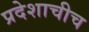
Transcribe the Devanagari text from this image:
प्रदेशाचीच